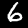
Digit: 6